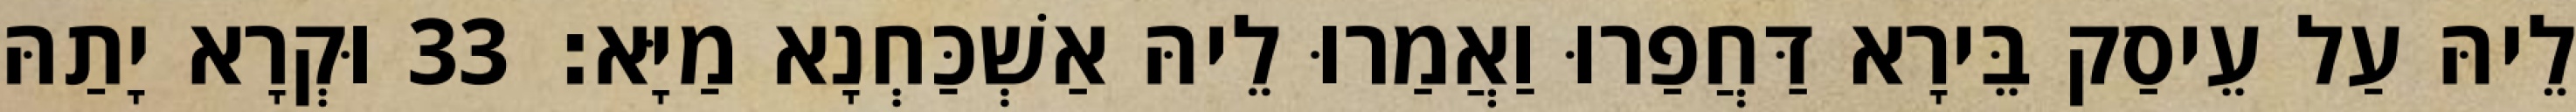
לֵיהּ עַל עֵיסַק בֵּירָא דַּחֲפַרוּ וַאֲמַרוּ לֵיהּ אַשְׁכַּחְנָא מַיָּא׃ 33 וּקְרָא יָתַהּ